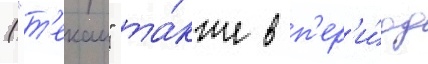
("т'екаи" та́кже в п'ер'и́од